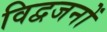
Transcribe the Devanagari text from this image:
विद्वजनों